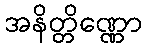
အနိတ္တိဏ္ဏော